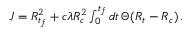
\begin{array} { r } { J = R _ { t _ { f } } ^ { 2 } + c \lambda R _ { c } ^ { 2 } \int _ { 0 } ^ { t _ { f } } d t \, \Theta ( R _ { t } - R _ { c } ) \, . } \end{array}